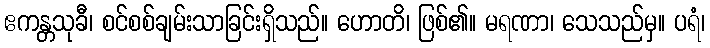
ဧကန္တသုခီ၊ စင်စစ်ချမ်းသာခြင်းရှိသည်။ ဟောတိ၊ ဖြစ်၏။ မရဏာ၊ သေသည်မှ။ ပရံ၊